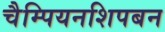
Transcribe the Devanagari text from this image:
चैम्पियनशिपबन